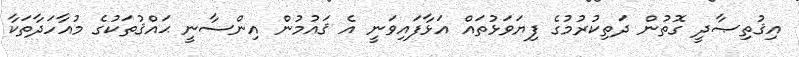
އިޤުތިޞާދީ ގޮތުން ދަތިކުރުމުގެ ފިޔަވަޅުތައް އަޅާފައިވަނީ އެ ޤައުމުން އިންސާނީ ޙައްޤުތަކުގެ މުއާހަދާތަކާ